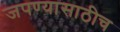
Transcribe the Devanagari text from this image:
जपण्यासाठीच